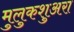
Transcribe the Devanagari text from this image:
मुलुकशुअरा